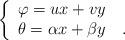
LaTeX: \begin{align*}\left\{\begin{array}{l}\varphi=ux+vy\\\theta=\alpha x+\beta y \quad. \end{array}\right.\end{align*}